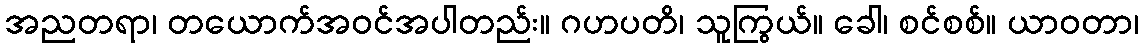
အညတရာ၊ တယောက်အဝင်အပါတည်း။ ဂဟပတိ၊ သူကြွယ်။ ခေါ၊ စင်စစ်။ ယာဝတာ၊